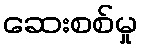
ဆေးစစ်မှု